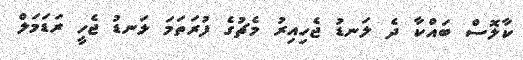
ކާލޮސް ބައްކާ ދެ ލަނޑު ޖެހިއިރު މެޗުގެ ފުރަތަމަ ލަނޑު ޖެހީ ރަޑަމަލް